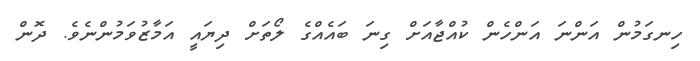
ހިނގަމުން އަންނަ އަންހެން ކުއްޖާއަށް ގިނަ ބައެއްގެ ލޯތަށް ދިޔައީ އަމާޒުވަމުންނެވެ. ދޮން